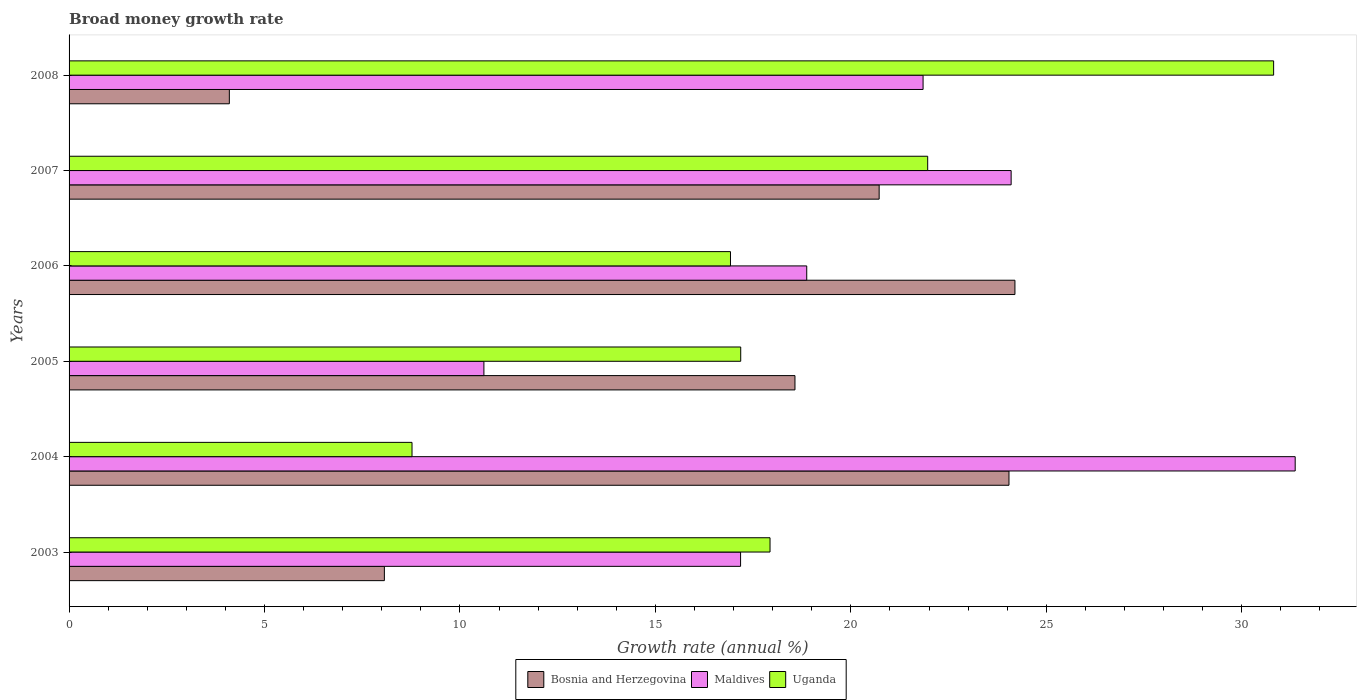
| Years | Bosnia and Herzegovina | Maldives | Uganda |
 | --- | --- | --- | --- |
 | 2003 | 8.07 | 17.2 | 17.9 |
 | 2004 | 24 | 31.4 | 8.77 |
 | 2005 | 18.6 | 10.6 | 17.2 |
 | 2006 | 24.2 | 18.9 | 16.9 |
 | 2007 | 20.7 | 24.1 | 22 |
 | 2008 | 4.1 | 21.8 | 30.8 |